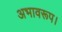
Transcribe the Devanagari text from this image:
अभावरूप।